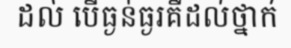
ដល់ បើធ្ងន់ធ្ងរគឺដល់ថ្នាក់